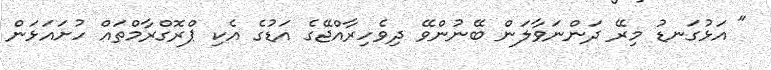
" އަޅުގަނޑު މިރޭ ދަންނަވާލަން ބޭނުންވޭ ދިވެހިރާއްޖޭގެ އަޑުގެ އެކި ޕްރޮގްރާމްތައް ހުށައަޅަން